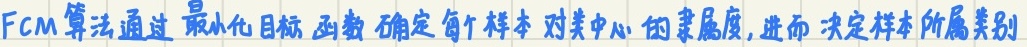
FCM算法通过最小化目标函数确定每个样本对类中心的隶属度,进而决定样本所属类别